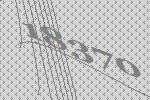
18370